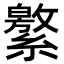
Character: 𦅾